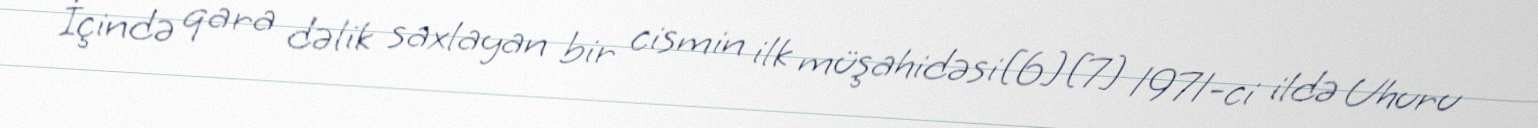
İçində qara dəlik saxlayan bir cismin ilk müşahidəsi[6][7] 1971-ci ildə Uhuru